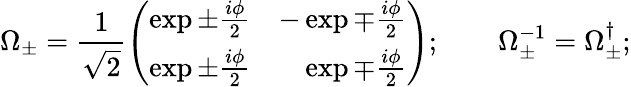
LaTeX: \Omega_{\pm}=\frac 1{\sqrt{2}}\left(\begin{array}{cc}{{\exp\pm\frac{i\phi}2}}&{{-\exp\mp\frac{i\phi}2}}\\ {{\exp\pm\frac{i\phi}2}}&{{\hphantom{-}\exp\mp\frac{i\phi}2}}\end{array}\right);\qquad\Omega_{\pm}^{-1}=\Omega_{\pm}^{\dagger};